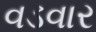
વડવાર